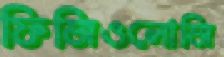
ফিজিওলোজি